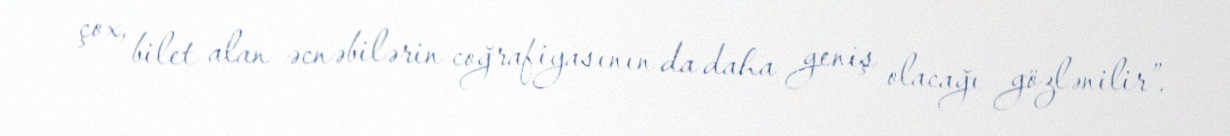
çox, bilet alan əcnəbilərin coğrafiyasının da daha geniş olacağı gözlənilir”.